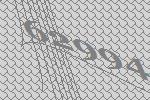
62994